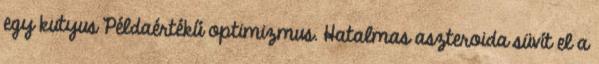
egy kutyus Példaértékű optimizmus. Hatalmas aszteroida süvít el a